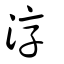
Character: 湻